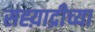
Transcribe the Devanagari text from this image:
सह्य़ाद्रीच्या